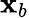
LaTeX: \mathbf{x}_{b}